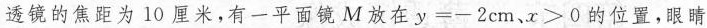
透镜的焦距为10厘米,有一平面镜M放在$$y = -2 c m$$、$$x > 0$$的位置，眼睛